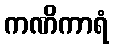
ကဏိကာရံ